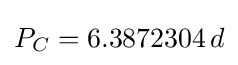
{\textstyle P_{C}=6.3872304\,d}